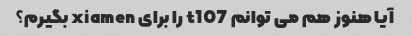
آیا هنوز هم می توانم t107 را برای xiamen بگیرم؟